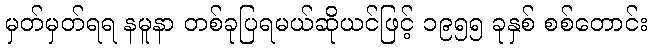
မှတ်မှတ်ရရ နမူနာ တစ်ခုပြရမယ်ဆိုယင်ဖြင့် ၁၉၅၅ ခုနှစ် စစ်တောင်း